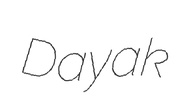
Dayak